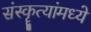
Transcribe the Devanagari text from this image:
संस्कॄत्यांमध्ये